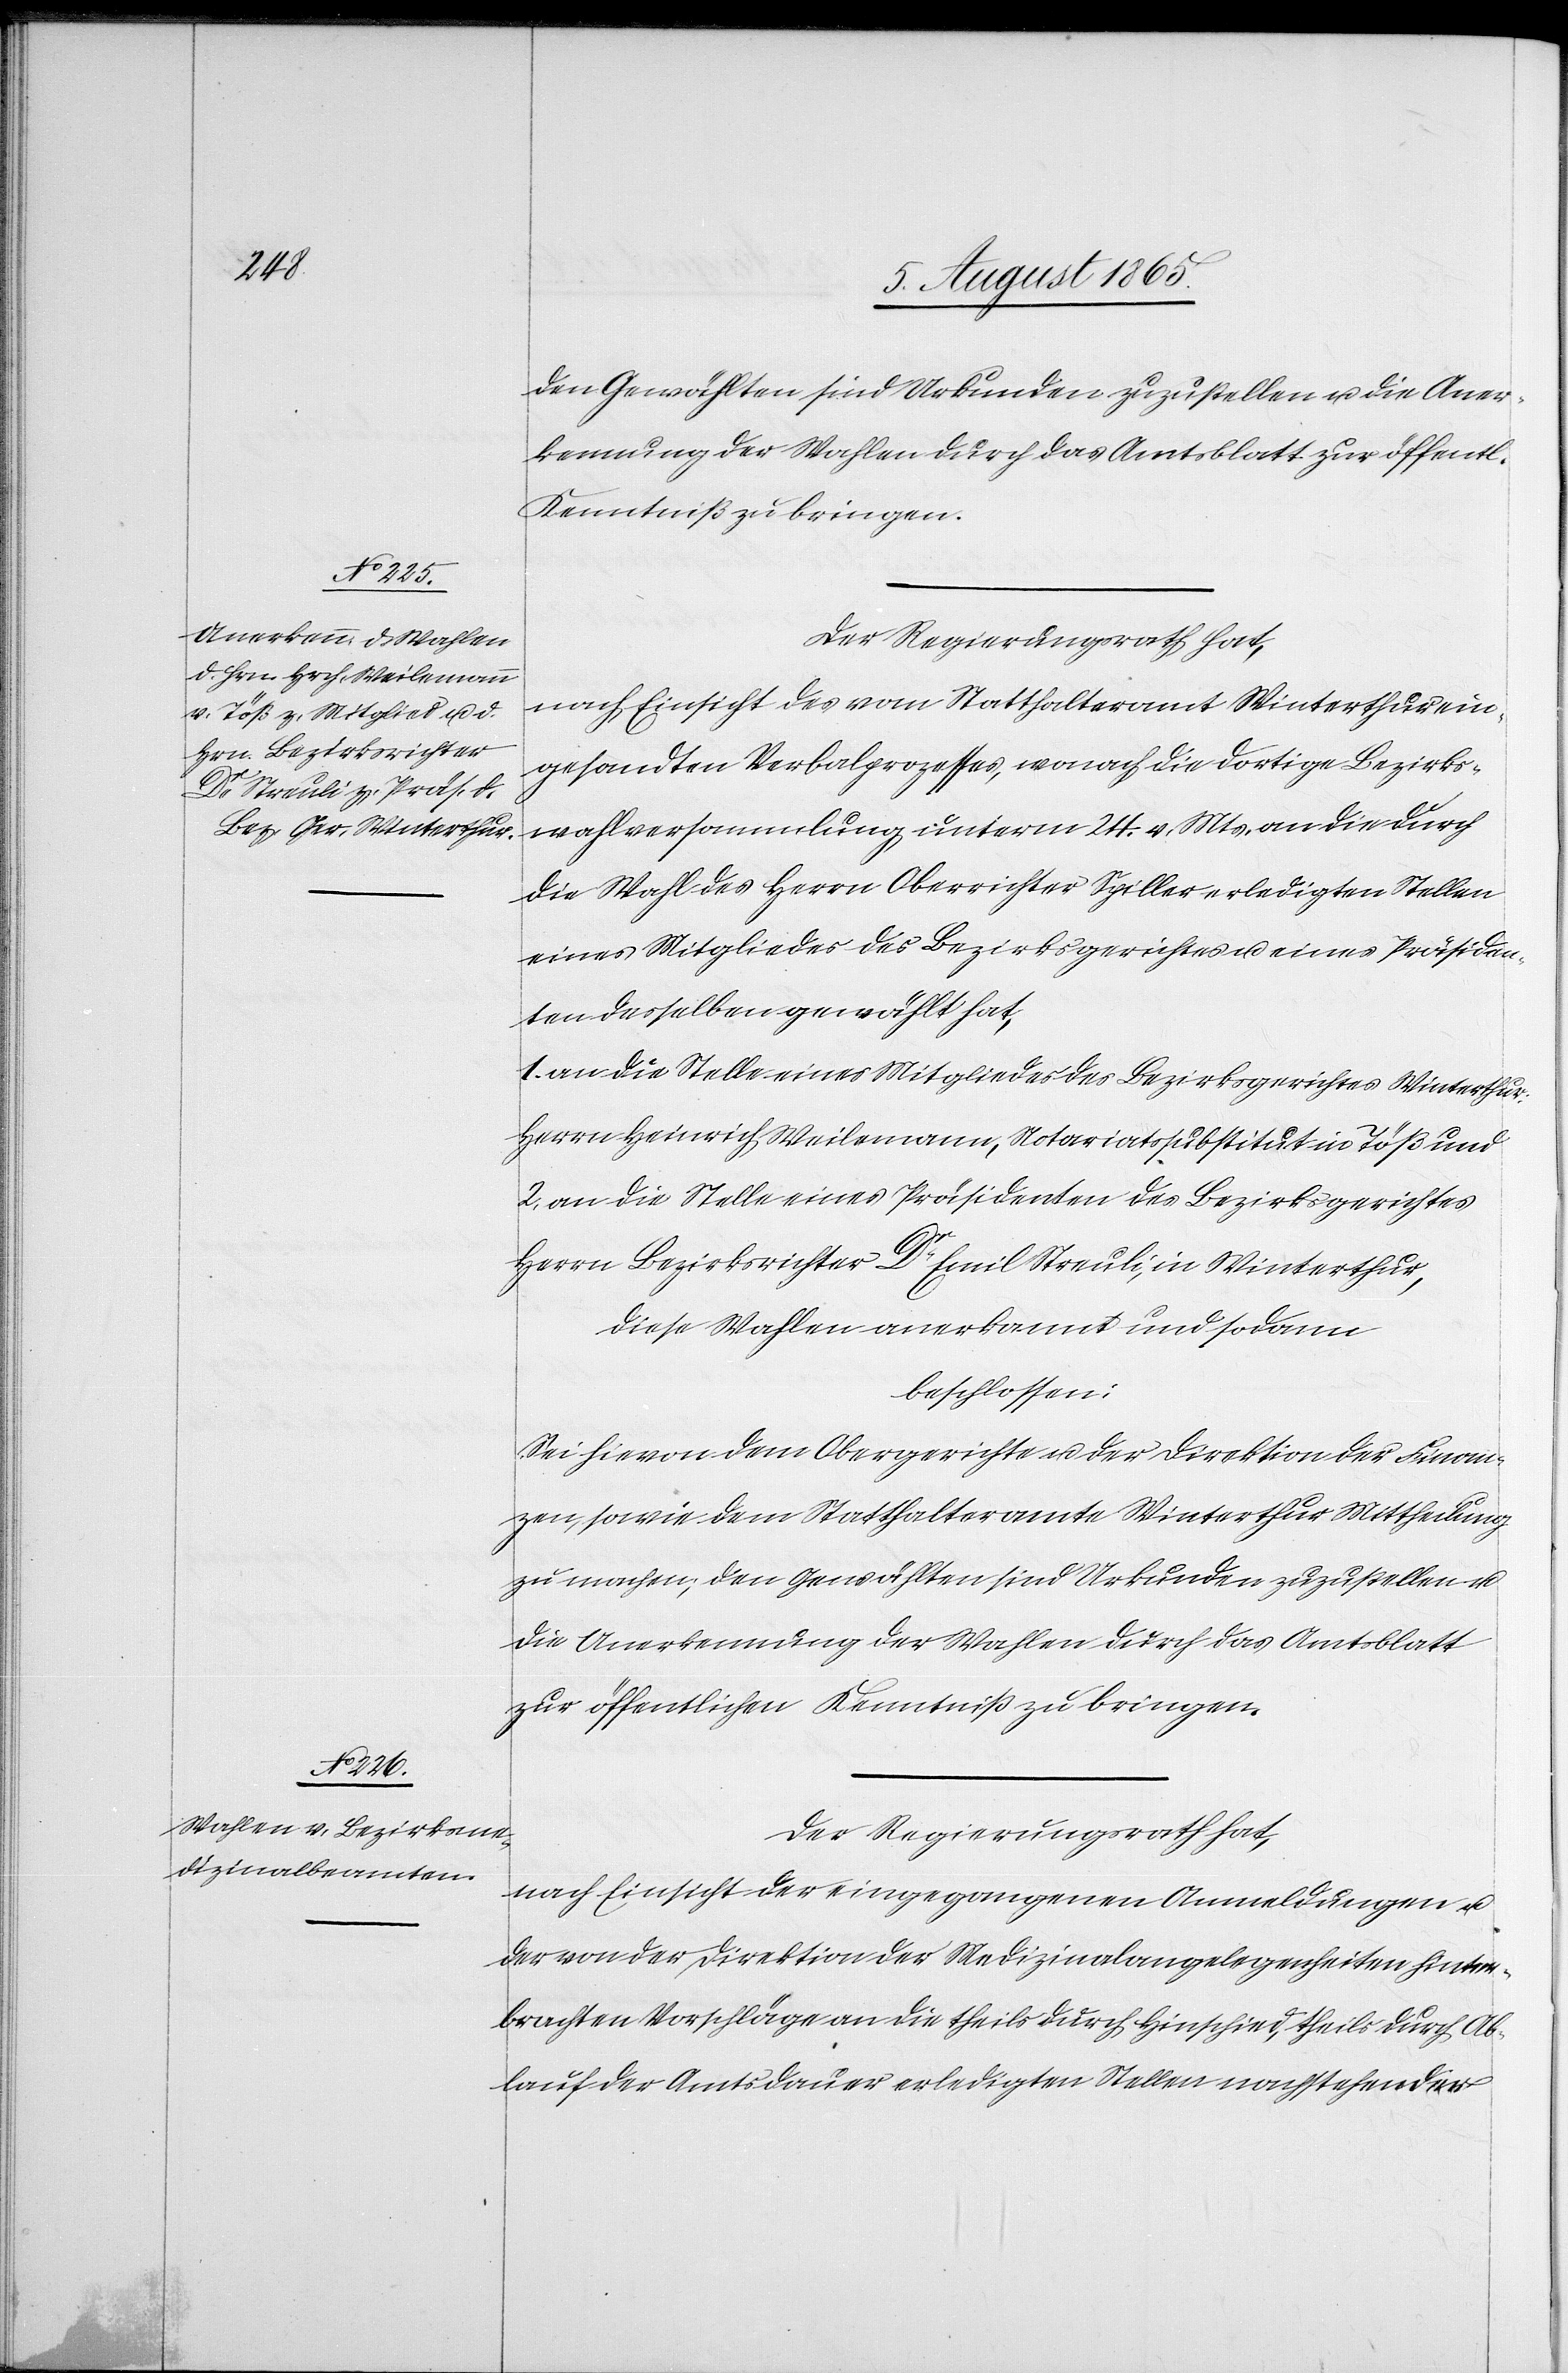
den Gewählten sind Urkunden zuzustellen [sic!]
Der Regierungsrath hat,
nach Einsicht des vom Statthalteramt Winterthur ein¬
gesandten Verbalprozesses, wonach die dortige Bezirks¬
wahlversammlung unterm 24. v. Mts. an die durch
die Wahl des Herrn Oberrichter Spiller erledigten Stellen
eines Mitgliedes des Bezirksgerichtes u. eines Präsiden¬
ten desselben gewählt hat,
1. an die Stelle eines Mitgliedes des Bezirksgerichtes Winterthur:
Herrn Heinrich Weilemann, Notariatssubstitut in Töß und
2. an die Stelle eines Präsidenten des Bezirksgerichtes:
Herrn Bezirksrichter Dr Emil Streuli, in Winterthur,
diese Wahlen anerkannt und sodann
beschlossen:
Sei hievon dem Obergerichte u. der Direktion der Finan¬
zen, sowie dem Statthalteramte Winterthur Mittheilung
zu machen, den Gewählten sind Urkunden zuzustellen u.
die Anerkennung der Wahlen durch das Amtsblatt
zur öffentlichen Kenntniß zu bringen.
Der Regierungsrath hat,
nach Einsicht der eingegangenen Anmeldungen u.
der von der Direktion der Medizinalangelegenheiten hinter¬
brachten Vorschläge an die theils durch Hinschied, theils durch Ab¬
lauf der Amtsdauer erledigten Stellen nachstehender